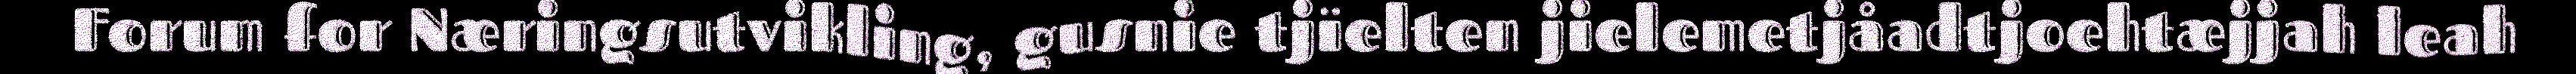
Forum for Næringsutvikling, gusnie tjïelten jielemetjåadtjoehtæjjah leah